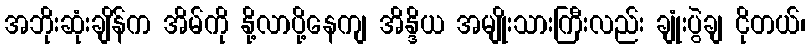
အဘိုးဆုံးချိန်က အိမ်ကို နို့လာပို့နေကျ အိန္ဒိယ အမျိုးသားကြီးလည်း ချုံးပွဲချ ငိုတယ်၊